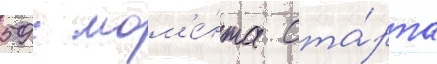
59 с мом'е́нта ста́рта